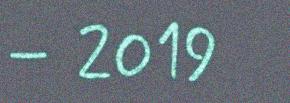
– 2019